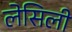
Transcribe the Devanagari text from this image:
लेसिली